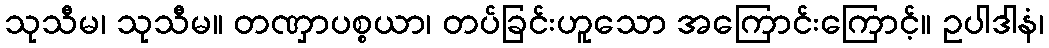
သုသီမ၊ သုသီမ။ တဏှာပစ္စယာ၊ တပ်ခြင်းဟူသော အကြောင်းကြောင့်။ ဥပါဒါနံ၊